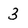
Character: 3